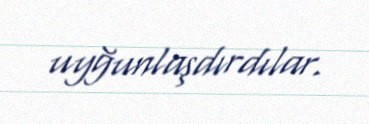
uyğunlaşdırdılar.